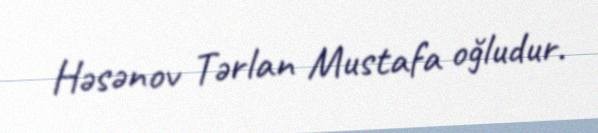
Həsənov Tərlan Mustafa oğludur.